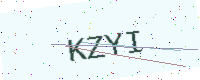
Text: KZYI